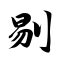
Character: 剔